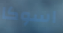
اسوكا